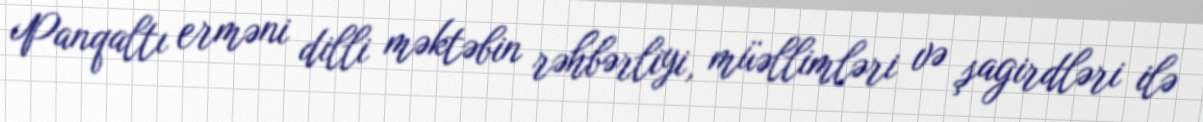
Panqaltı erməni dilli məktəbin rəhbərliyi, müəllimləri və şagirdləri ilə